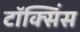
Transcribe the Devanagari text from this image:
टॉक्सिंस